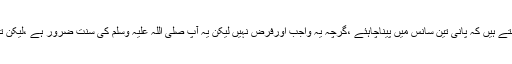
اس حدیث کے اندرتین سانس کے اندرپانی پینے کانبوی طریقہ بتلایاگیاہے،یہ بات سبھی جانتے ہیں کہ پانی تین سانس میں پیناچاہئے ،گرچہ یہ واجب اورفرض نہیں لیکن یہ آپ صلی اللہ علیہ وسلم کی سنت ضرور ہے ،لیکن تین سانس میں پانی پینے کانبوی طریقہ کیاہے، شاید اس حقیقت سے بہت کم لوگ واقف ہوں ۔